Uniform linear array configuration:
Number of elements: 24
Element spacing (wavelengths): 0.25
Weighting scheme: uniform
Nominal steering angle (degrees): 60
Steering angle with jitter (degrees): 59.23
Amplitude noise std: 0.05
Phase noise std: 0.05

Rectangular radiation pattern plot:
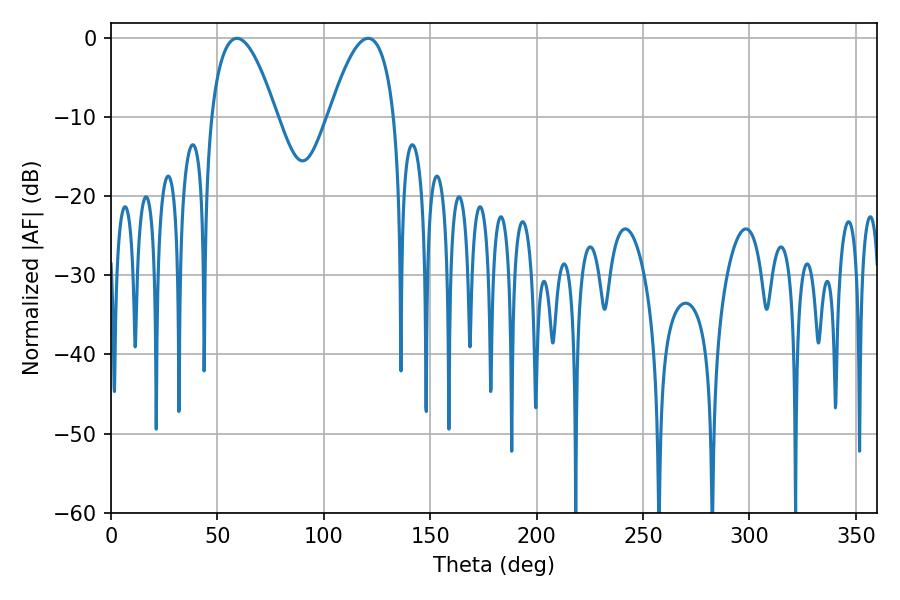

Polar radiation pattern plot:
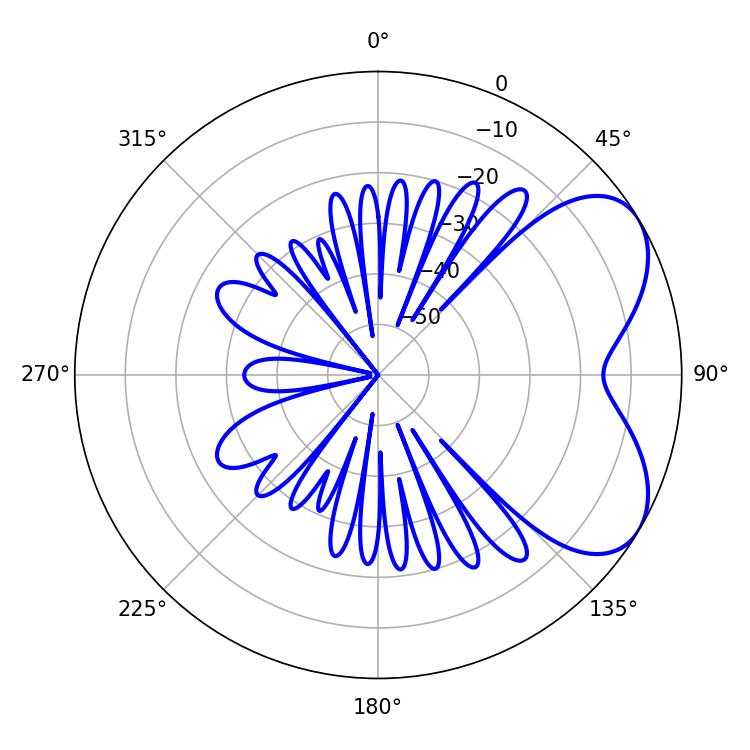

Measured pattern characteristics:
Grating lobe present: FALSE
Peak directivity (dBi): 5.499
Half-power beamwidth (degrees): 16.92
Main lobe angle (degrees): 59.22